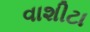
વાશીટા